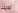
لديك